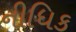
નીધિક